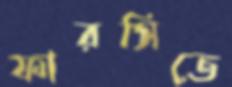
ফারসিতে